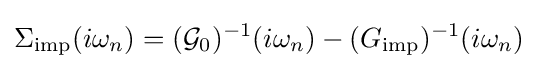
\Sigma _{\mathrm {imp} }(i\omega _{n})=({\mathcal {G}}_{0})^{-1}(i\omega _{n})-(G_{\mathrm {imp} })^{-1}(i\omega _{n})